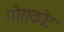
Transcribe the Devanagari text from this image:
मोराकोट